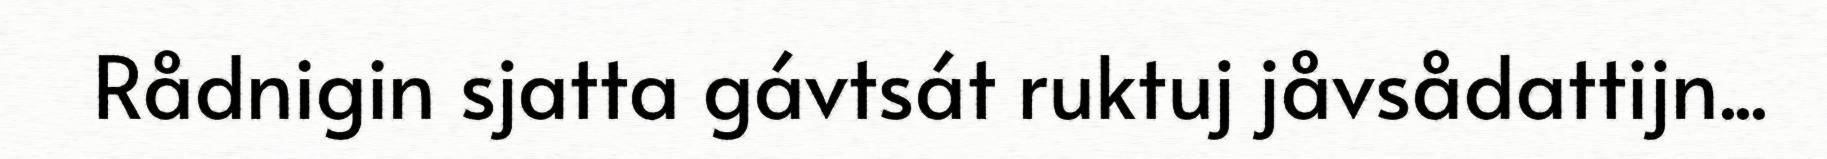
Rådnigin sjatta gávtsát ruktuj jåvsådattijn...